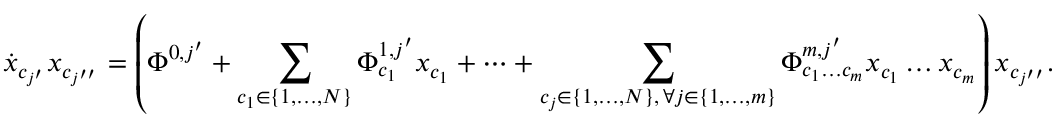
\dot { x } _ { c _ { j ^ { \prime } } } x _ { c _ { j ^ { \prime \prime } } } = \left( \Phi ^ { 0 , j ^ { \prime } } + \sum _ { \substack { c _ { 1 } \in \{ 1 , \dots , N \} } } \Phi _ { c _ { 1 } } ^ { 1 , j ^ { \prime } } x _ { c _ { 1 } } + \dots + \sum _ { \substack { c _ { j } \in \{ 1 , \dots , N \} , \, \forall j \in \{ 1 , \dots , m \} } } \Phi _ { c _ { 1 } \dots c _ { m } } ^ { m , j ^ { \prime } } x _ { c _ { 1 } } \dots x _ { c _ { m } } \right) x _ { c _ { j ^ { \prime \prime } } } .